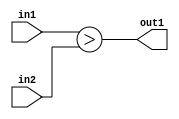
`timescale 1ps / 1ps
/*****************************************************************************
    Verilog RTL Description
    
    
    Created by: Stratus DpOpt 21.05.01 
*******************************************************************************/

module Filter_LessThan_4Ux4U_1U_4 (
	in2,
	in1,
	out1
	); /* architecture "behavioural" */ 
input [3:0] in2,
	in1;
output  out1;
wire  asc001;

assign asc001 = (in1>in2);

assign out1 = asc001;
endmodule

/* CADENCE  urj4TA4= : u9/ySxbfrwZIxEzHVQQV8Q== ** DO NOT EDIT THIS LINE ******/